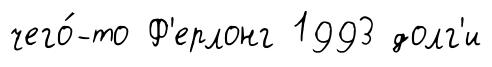
чего́-то Ф'ерлонг 1993 долг'и